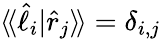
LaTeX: \langle\! \langle\hat{\ell}_{i}|\hat{r}_{j}\rangle\! \rangle=\delta_{i,j}